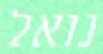
נואל